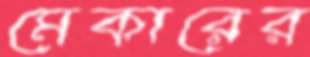
মেকারের